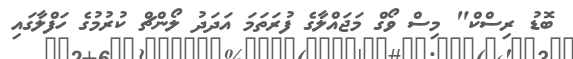
ބޮޑު ރިސްކް" މިސް ވޯގް މަޖައްލާގެ ފުރަތަމަ އަދަދު ލޯންޗް ކުރުމުގެ ހަފްލާގައި